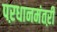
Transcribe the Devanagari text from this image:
पऱधानमंतऱी